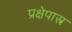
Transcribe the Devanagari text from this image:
प्रक्षेपाश्त्र